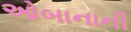
ઓબાનાની